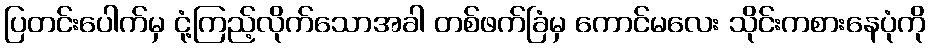
ပြတင်းပေါက်မှ ငုံ့ကြည့်လိုက်သောအခါ တစ်ဖက်ခြံမှ ကောင်မလေး သိုင်းကစားနေပုံကို